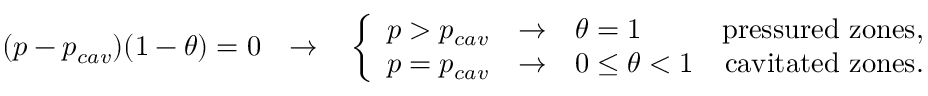
\begin{array} { r } { ( p - p _ { c a v } ) ( 1 - { \theta } ) = 0 \quad { \rightarrow } \quad \left\{ \begin{array} { l r } { p > p _ { c a v } \quad { \rightarrow } \quad { \theta } = 1 } & { \mathrm { p r e s s u r e d ~ z o n e s , } } \\ { p = p _ { c a v } \quad { \rightarrow } \quad 0 \; { \leq } \; { \theta } < 1 } & { \mathrm { c a v i t a t e d ~ z o n e s . } } \end{array} \right. } \end{array}